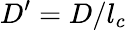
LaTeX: D^{\prime}=D/l_{c}